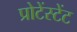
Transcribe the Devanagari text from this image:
प्रोटेंस्टेंट